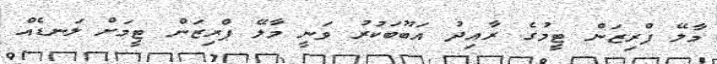
މާލޭ ޕްރިޒަން ޓީމުގެ ރާއިދު އަބޫބަކުރު ވަނީ މާލޭ ޕްރިޒަން ޓީމަށް ލަނޑެއް